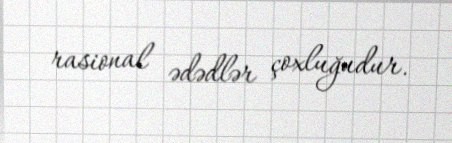
rasional ədədlər çoxluğudur.